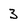
Character: 3